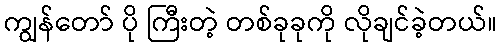
ကျွန်တော် ပို ကြီးတဲ့ တစ်ခုခုကို လိုချင်ခဲ့တယ်။